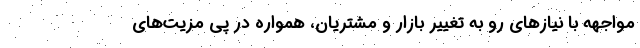
مواجهه با نیازهای رو به تغییر بازار و مشتریان، همواره در پی مزیت­های